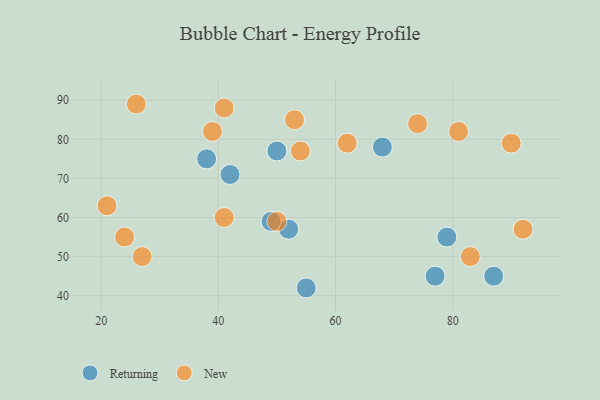
{"axis": {"x": "GDP", "y": "Life Expectancy"}, "legend": ["New", "Returning"], "data": [{"x": "55", "y": 42, "type": "Returning"}, {"x": "79", "y": 55, "type": "Returning"}, {"x": "52", "y": 57, "type": "Returning"}, {"x": "68", "y": 78, "type": "Returning"}, {"x": "38", "y": 75, "type": "Returning"}, {"x": "42", "y": 71, "type": "Returning"}, {"x": "50", "y": 77, "type": "Returning"}, {"x": "77", "y": 45, "type": "Returning"}, {"x": "49", "y": 59, "type": "Returning"}, {"x": "87", "y": 45, "type": "Returning"}, {"x": "41", "y": 88, "type": "New"}, {"x": "27", "y": 50, "type": "New"}, {"x": "50", "y": 59, "type": "New"}, {"x": "54", "y": 77, "type": "New"}, {"x": "39", "y": 82, "type": "New"}, {"x": "53", "y": 85, "type": "New"}, {"x": "41", "y": 60, "type": "New"}, {"x": "24", "y": 55, "type": "New"}, {"x": "62", "y": 79, "type": "New"}, {"x": "92", "y": 57, "type": "New"}, {"x": "83", "y": 50, "type": "New"}, {"x": "81", "y": 82, "type": "New"}, {"x": "21", "y": 63, "type": "New"}, {"x": "26", "y": 89, "type": "New"}, {"x": "90", "y": 79, "type": "New"}, {"x": "74", "y": 84, "type": "New"}]}